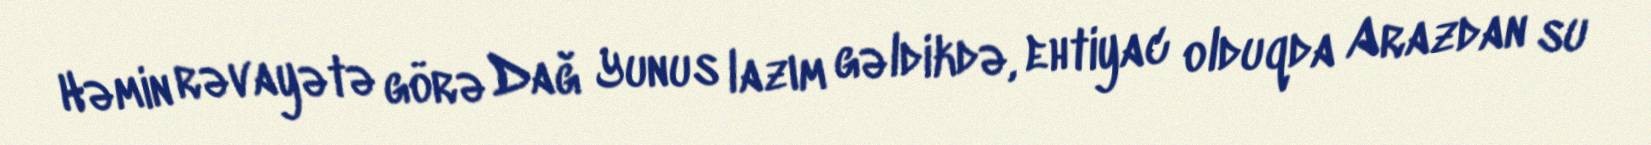
Həmin rəvayətə görə Dağ Yunus lazım gəldikdə, ehtiyac olduqda Arazdan su